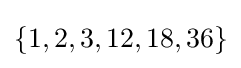
\{1,2,3,12,18,36\}